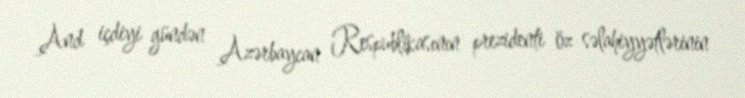
And içdiyi gündən Azərbaycan Respublikasının prezidenti öz səlahiyyətlərinin